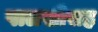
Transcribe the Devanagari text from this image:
पालखीसह